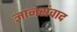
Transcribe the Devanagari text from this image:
ज्ञानसंवाद